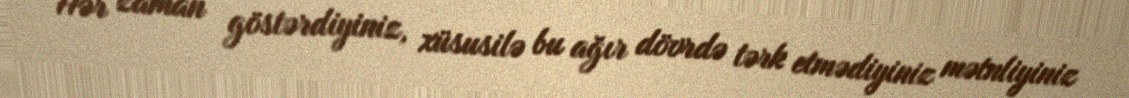
Hər zaman göstərdiyiniz, xüsusilə bu ağır dövrdə tərk etmədiyiniz mətnliyiniz